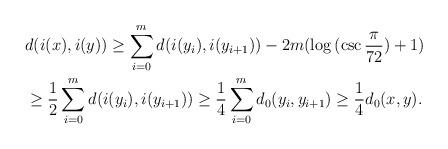
LaTeX: \begin{align*}& d(i(x),i(y))\geq \sum_{i=0}^m d(i(y_i),i(y_{i+1}))-2m(\log{(\csc{\frac{\pi}{72}})}+1)\\& \geq \frac{1}{2}\sum_{i=0}^m d(i(y_i),i(y_{i+1}))\geq \frac{1}{4} \sum_{i=0}^m d_0(y_i,y_{i+1})\geq \frac{1}{4}d_0(x,y).\end{align*}